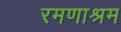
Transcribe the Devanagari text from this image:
रमणाश्रम